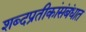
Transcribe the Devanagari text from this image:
शब्दप्रतीकांसंबंधात